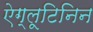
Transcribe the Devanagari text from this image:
ऐग्लूटिनिन